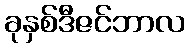
ခုနှစ်ဒီဇင်ဘာလ